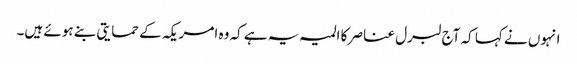
انہوں نے کہا کہ آج لبرل عناصر کا المیہ یہ ہے کہ وہ امریکہ کے حمایتی بنے ہوئے ہیں۔